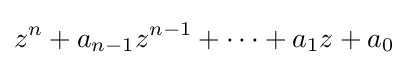
z^{n}+a_{n-1}z^{n-1}+\cdots +a_{1}z+a_{0}